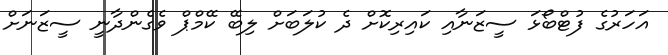
އަހަރުގެ ފުޓްބޯޅަ ސީޒަނާއި ކައިރިކޮށް ދެ ކުލަބަށް ލިބޭ ކޭމްޕް ވެގެންދާނީ ސީޒަނަށް